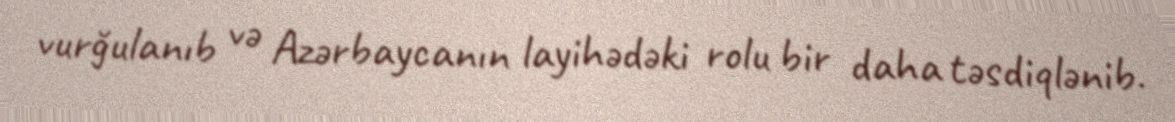
vurğulanıb və Azərbaycanın layihədəki rolu bir daha təsdiqlənib.